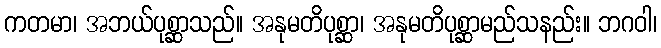
ကတမာ၊ အဘယ်ပုစ္ဆာသည်။ အနုမတိပုစ္ဆာ၊ အနုမတိပုစ္ဆာမည်သနည်း။ ဘဂဝါ၊